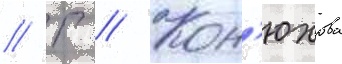
// Г // Кон'юхова